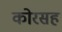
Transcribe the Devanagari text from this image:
कोरसह